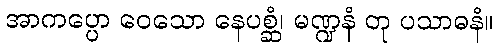
အာကပ္ပော ဝေသော နေပစ္ဆံ၊ မဏ္ဍနံ တု ပသာဓနံ။